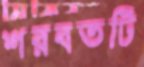
শরবতটি